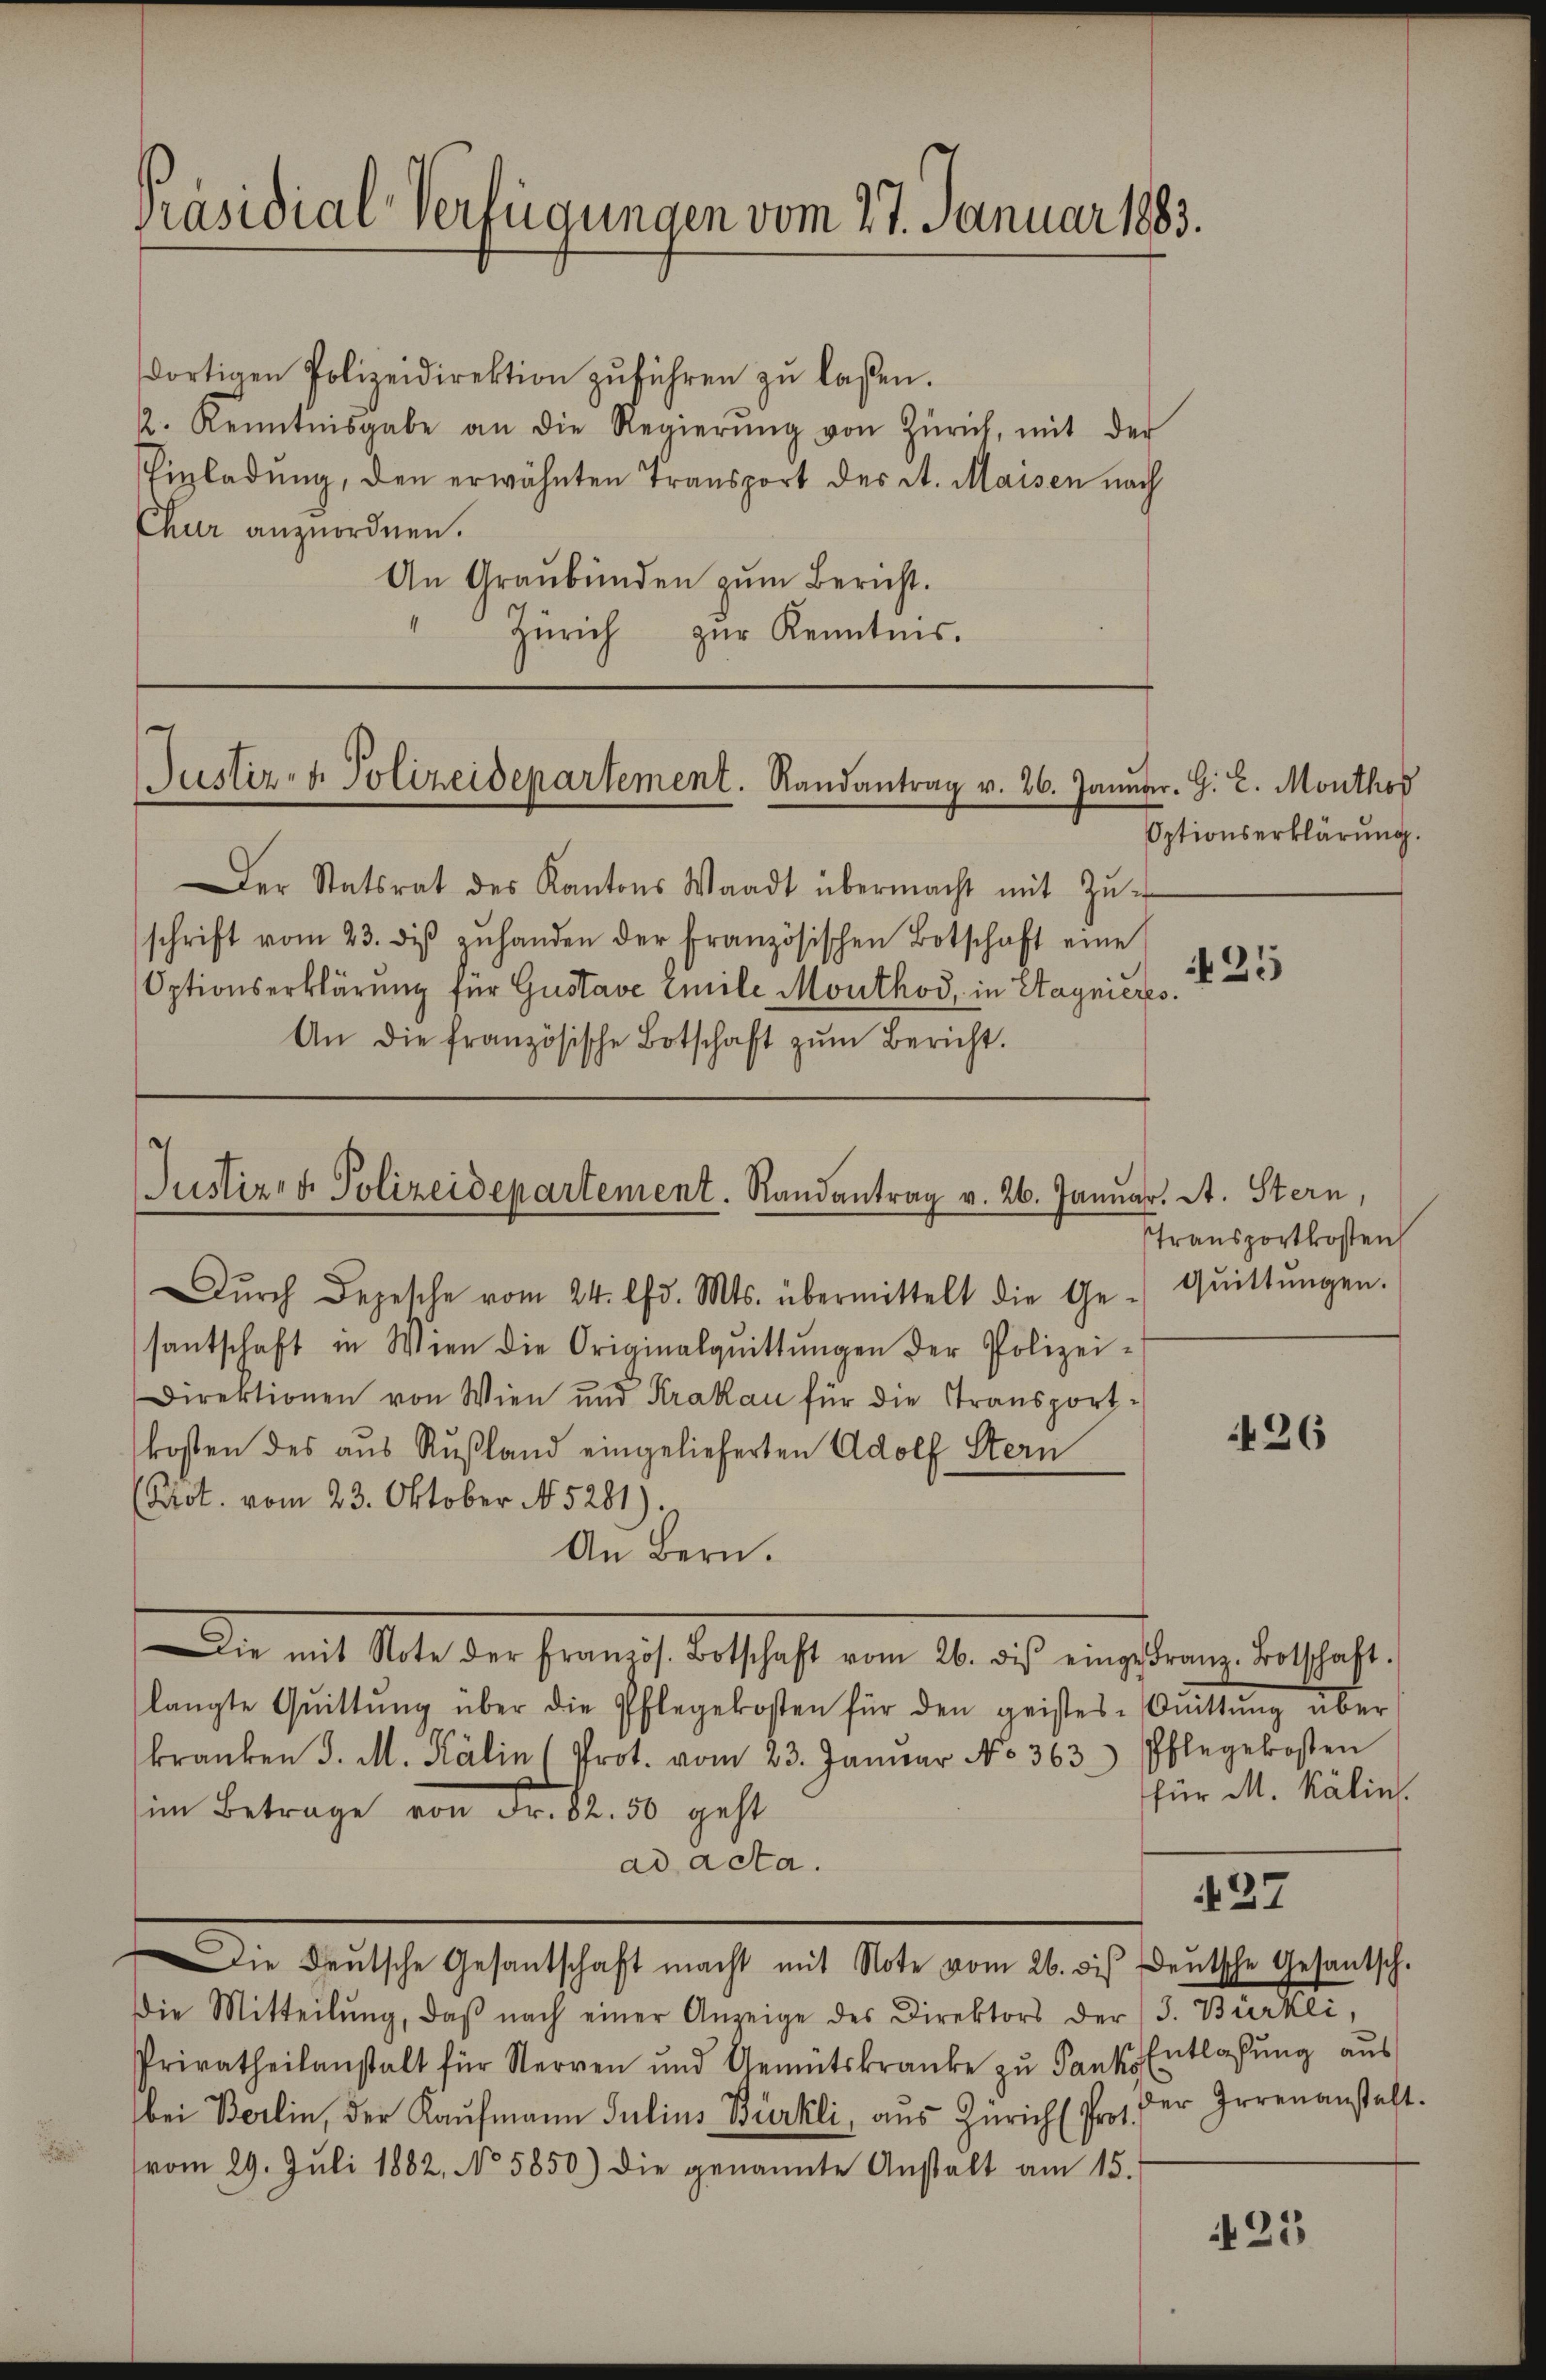
Präsidial-Verfügungen vom 27. Januar 1883.

dortigen Polizeidirektion zŭführen zŭ lassen.
2. Kenntnisgabe an die Regierŭng von Zürich, mit der
Einladung, den erwähnten Transport des St. Maisen nach
Chur anzuordnen.
An Graubünden zum Bericht.
Zürich zur Kenntnis.

Justiz- & Polizeidepartement. Randantrag v. 26. Januar. G. L. Monthos

Justiz- & Polizeidepartement. Randantrag v. 26. Januar. A. Stern,

Der Statsrat des Kantons Waadt übermacht mit Zŭ-
schrift vom 23. diβ zŭ handen der französischen Botschaft eine
Optionserklärung für Gustave Emile Monthod, in Stagnieres.
An die französische Botschaft zŭm Bericht.

Dŭrch Depesche vom 24. d. Mts. übermittelt die Ge-Qŭittŭngen.
santschaft in Wien die Originalqŭittŭngen der Polizei-
Direktionen von Wien und Krakau für die Transportkosten des aus Rußland eingelieferten Adolf Stern
(Prot. vom 23. Oktober No 5281
An Bern.
Die mit Note der Herreich derschaft vom 20. als eingeborene Ratschaft
langte Qŭittŭng über die Pflegekosten für den geistes Knittŭng über
kranken J. M. Kälin (Prot. vom 23. Janŭar No. 363.) Phlegekosten
im Betrage von Fr. 82. 50 geht
ad acta.
427
Die Deutsche Gesantschaft macht mit Note vom 26. dis Deutsche Gesantsch-
Die Mitteilŭng, daβ nach einer Anzeige des Direktors der (s. Bürkli,
Privatheilanstalt für Nerven und Gemütskranke zu Sank. Entlaßung aus
bei Berlin, der Kaufmann Julius Bürkli, aus Zürich (Prot.
vom 29. Jŭli 1882, No 5850) die genannte Anstalt am 15.

Optionserklärung.

25

Transportkosten

26

für M. Kälin.

der Irrenanstalt.

25